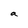
Character: a